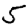
Digit: 5